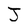
Character: J